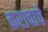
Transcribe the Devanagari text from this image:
कराचाचे